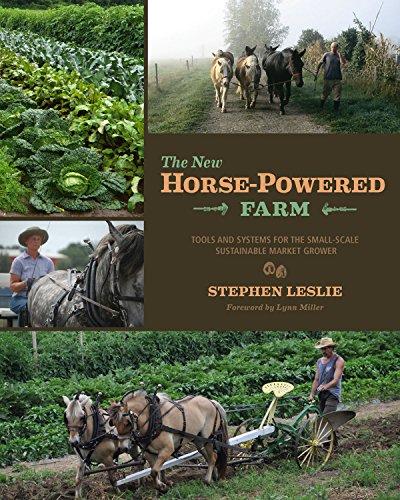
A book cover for The New Horse-Powered Farm: Tools and Systems for the Small-Scale, Sustainable Market Grower; Stephen Leslie; Science & Math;